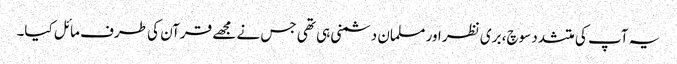
یہ آپ کی متشدد سوچ، بری نظر اور مسلمان دشمنی ہی تھی جس نے مجھے قرآن کی طرف مائل کیا۔